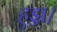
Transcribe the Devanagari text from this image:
हुड्डा।